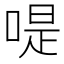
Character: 㖷